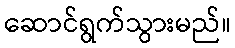
ဆောင်ရွက်သွားမည်။